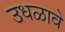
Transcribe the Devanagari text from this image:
उधळावे